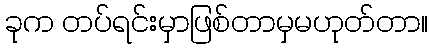
ခုက တပ်ရင်းမှာဖြစ်တာမှမဟုတ်တာ။